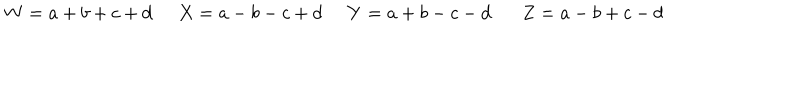
LaTeX: W = a + b + c + d \; \; X = a - b - c + d \; \; Y = a + b - c - d Z = a - b + c - d